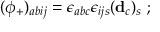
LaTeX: ( \phi _ { + } ) _ { a b i j } = \epsilon _ { a b c } \epsilon _ { i j s } ( { \bf d } _ { c } ) _ { s } \ ;